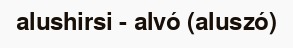
alushirsi - alvó (aluszó)